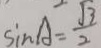
\sin A = \frac { \sqrt { 3 } } { 2 }